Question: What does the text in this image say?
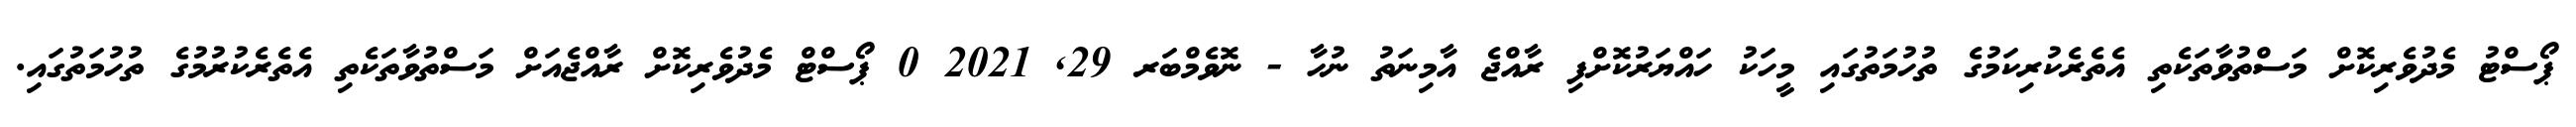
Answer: ޕޯސްޓު މެދުވެރިކޮށް މަސްތުވާތަކެތި އެތެރެކުރިކަމުގެ ތުހުމަތުގައި މީހަކު ހައްޔަރުކޮށްފި ރާއްޖެ އާމިނަތު ނުހާ - ނޮވެމްބަރ 29, 2021 0 ޕޯސްޓް މެދުވެރިކޮށް ރާއްޖެއަށް މަސްތުވާތަކެތި އެތެރެކުރުމުގެ ތުހުމަތުގައި.